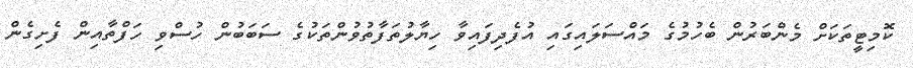
ކޮމިޓީތަކަށް މެންބަރުން ބެހުމުގެ މައްސަލައިގައި އުފެދިފައިވާ ހިޔާލުތަފާތުވުންތަކުގެ ސަބަބުން ހުސްވި ހަފްތާއިން ފެށިގެން